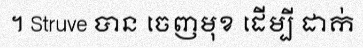
។ Struve បាន ចេញមុខ ដើម្បី ដាក់